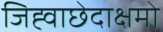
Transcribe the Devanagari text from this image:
जिह्वाछेदाक्षमो